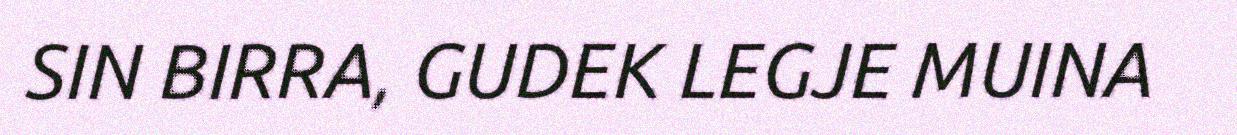
SIN BIRRA, GUDEK LEGJE MUINA